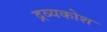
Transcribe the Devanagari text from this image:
द्रव्यकोश